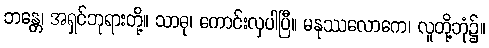
ဘန္တေ၊ အရှင်ဘုရားတို့။ သာဓု၊ ကောင်းလှပါပြီ။ မနုဿလောကေ၊ လူတို့ဘုံ၌။